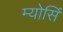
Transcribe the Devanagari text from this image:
म्योसिं